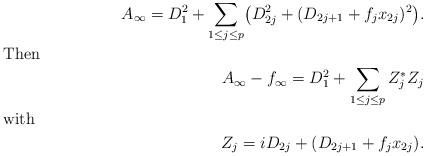
LaTeX: \begin{align*}A_\infty = D_1^2 + \sum_{1\le j\le p} \bigl( D_{2j}^2 + (D_{2j+1}+f_j x_{2j})^2\bigr).\\\shortintertext{Then}A_\infty-f_\infty = D_1^2 +\sum_{1\le j\le p} Z_j^* Z_j\\\shortintertext{with}Z_j= iD_{2j} + (D_{2j+1}+f_j x_{2j}).\end{align*}